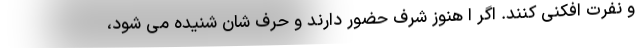
و نفرت افکنی کنند. اگر ا هنوز شرف حضور دارند و حرف شان شنیده می شود،